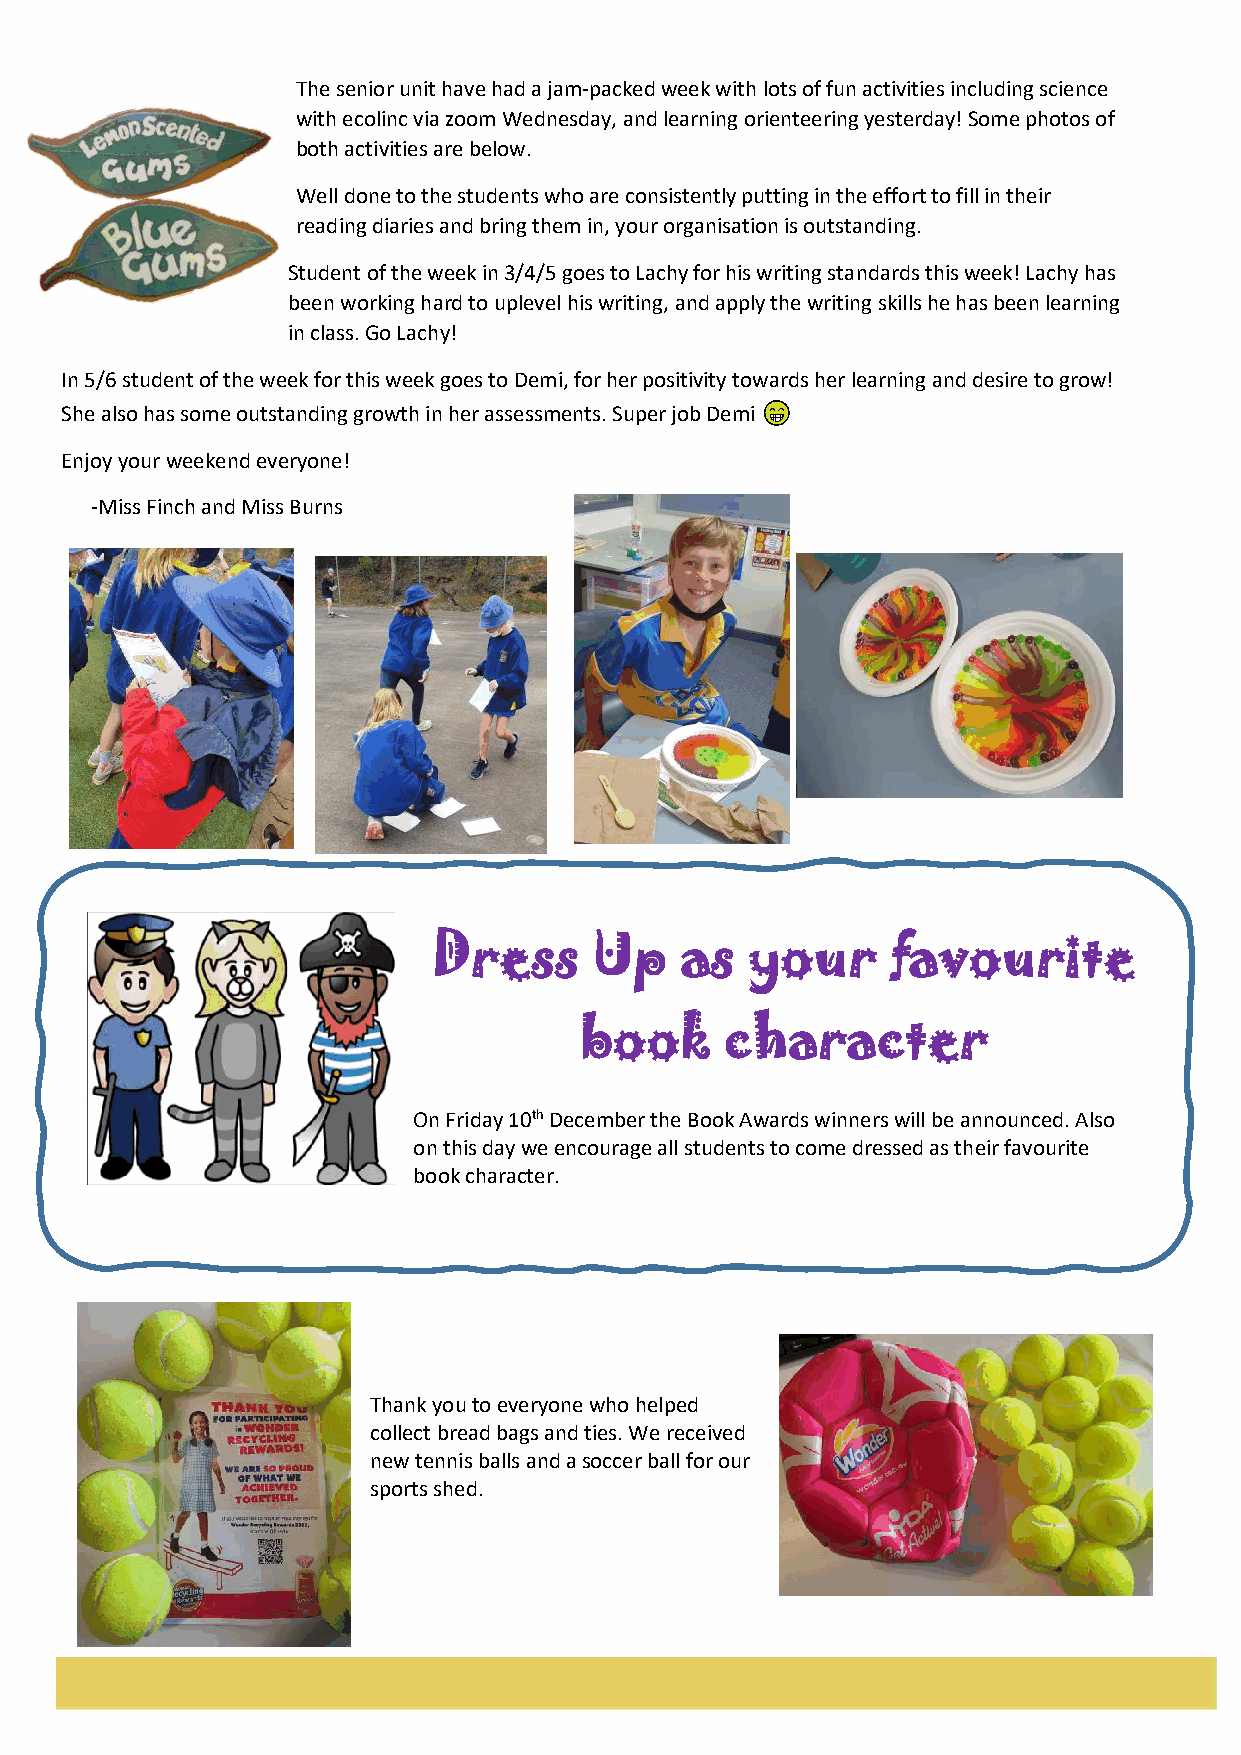
The senior unit have had a jam-packed week with lots of fun activities including science
 with ecolinc via zoom Wednesday, and learning orienteering yesterday! Some photos of
 both activities are below.
 Well done to the students who are consistently putting in the effort to fill in their
 reading diaries and bring them in, your organisation is outstanding.
 Student of the week in 3/4/5 goes to Lachy for his writing standards this week! Lachy has
 been working hard to uplevel his writing, and apply the writing skills he has been learning
 in class. Go Lachy!
 In 5/6 student of the week for this week goes to Demi, for her positivity towards her learning and desire to grow!
 She also has some outstanding growth in her assessments. Super job Demi
 Enjoy your weekend everyone!
 -Miss Finch and Miss Burns
 Dress     Up    as   your     favourite
 book      character
 On Friday 10th December the Book Awards winners will be announced. Also
 on this day we encourage all students to come dressed as their favourite
 book character.
 Thank you to everyone who helped
 collect bread bags and ties. We received
 new tennis balls and a soccer ball for our
 sports shed.